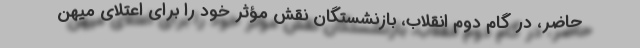
حاضر، در گام دوم انقلاب، بازنشستگان نقش مؤثر خود را برای اعتلای میهن